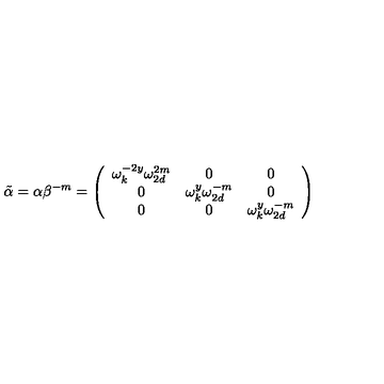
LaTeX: \tilde { \alpha } = \alpha \beta ^ { - m } = \left( \begin{array} { c c c } { \omega _ { k } ^ { - 2 y } \omega _ { 2 d } ^ { 2 m } } & { 0 } & { 0 } \\ { 0 } & { \omega _ { k } ^ { y } \omega _ { 2 d } ^ { - m } } & { 0 } \\ { 0 } & { 0 } & { \omega _ { k } ^ { y } \omega _ { 2 d } ^ { - m } } \\ \end{array} \right)